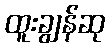
ထူးချွန်ဆု